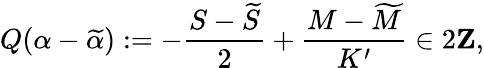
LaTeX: Q(\alpha-\widetilde{\alpha}):=-\frac{S-\widetilde{S}}{2}+\frac{M-\widetilde{M}}{K^{\prime}}\in 2{\mathbf Z},